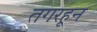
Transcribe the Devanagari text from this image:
तगरहून